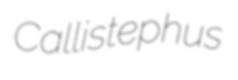
Callistephus